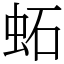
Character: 䖨